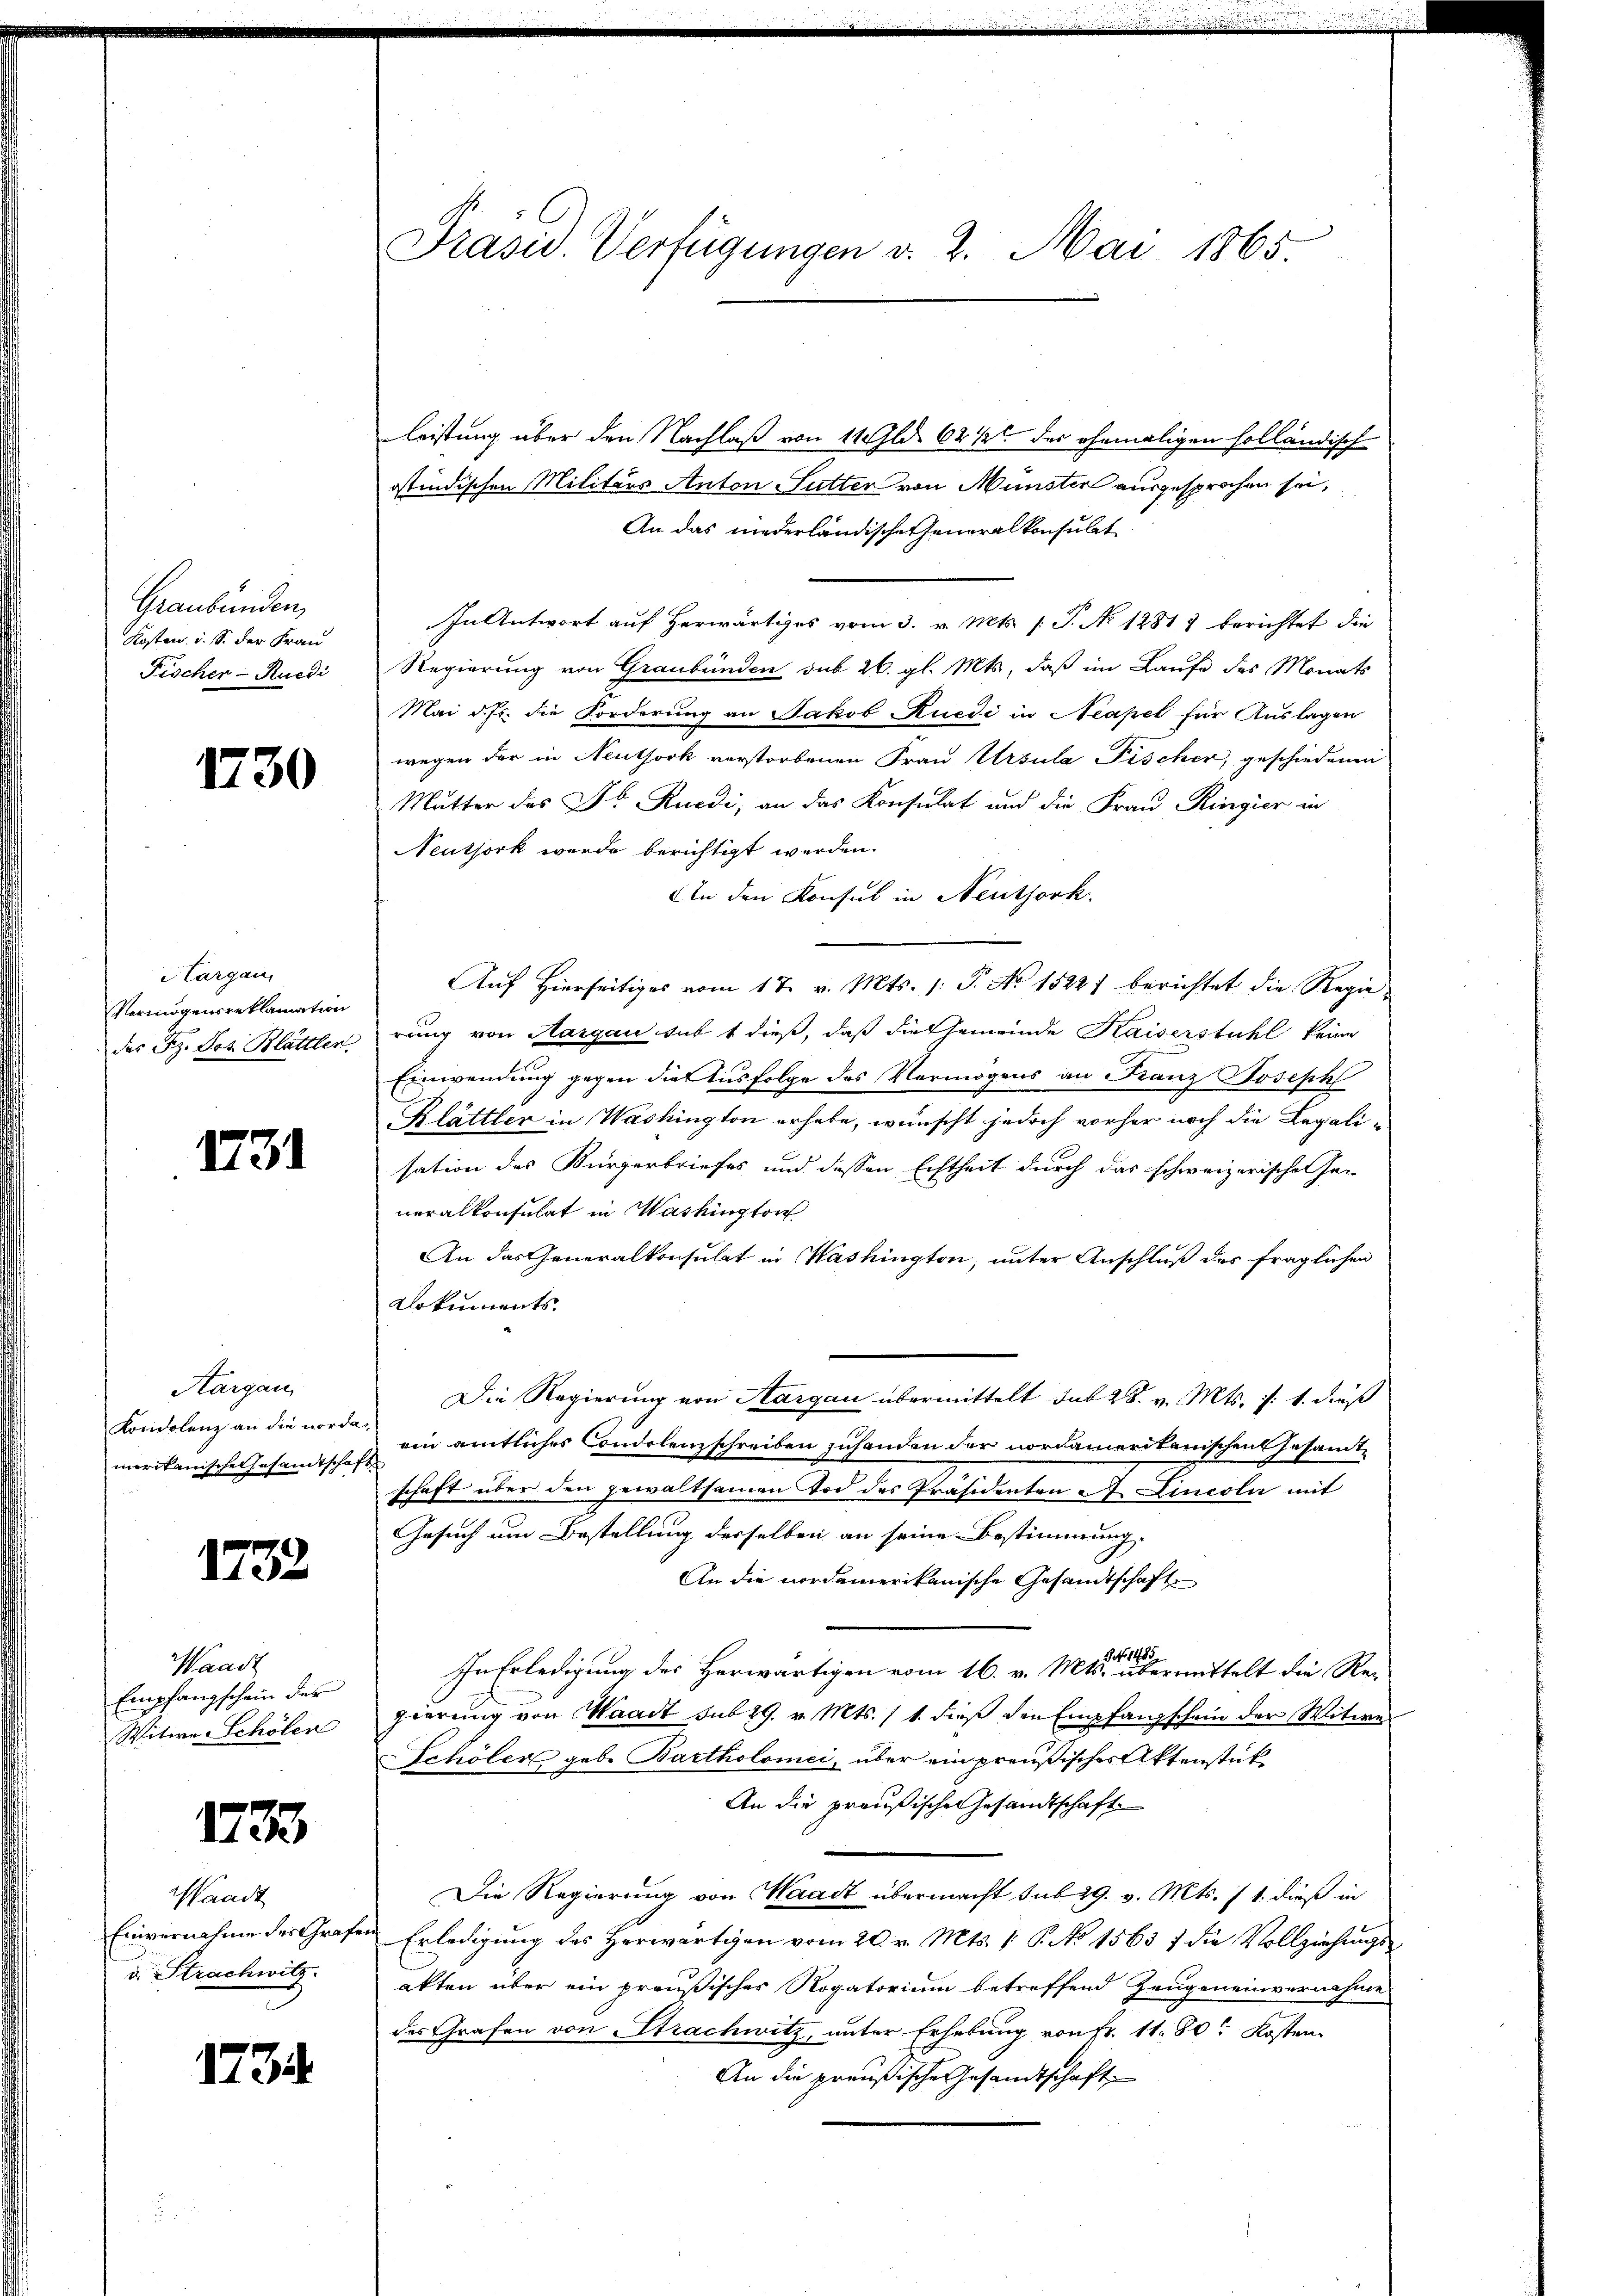
Graubünden,
Kosten u. S. der Frau
Fischer - Ruedi

1730

Hargau
Vermögensreklamation
des Sz. Jos. Blättler

1731

Aargau,
Kondolenz an die norde
mirikanische Gesamtschaf

1732

Waadt
Empfangschein des
Witwe Schölen

1733

Waadt
Einvernahme des Grafe
d. Strachwitz.

1734

Präsid. Verfügungen v. 2. Mai 1865

leistung über den Nachlaß von 11 Gld. 621 des ehemaligen holländisch-
ostindischen Militärs Anton Sutter von Münster ausgesprochen sei,
An das niederländische Generalkonsult
In Antwort auf herwärtiges vom 3. v. Mts. (T. No 1281) berichtet die
Regierung von Graubünden sub 26. gl. Mts, daß im Laufe des Monats
Mai d. Js. die Forderung an Jakob Rüedi in Neapel für Auslagen
wegen der in Neuthork verstorbenen Frau Ursula Fischer, geschiedenen
Mutter des Fr. Ruedi, an das Konsulat und die Frau Ringier in
Neuthork wurde berichtigt werden.
An den Konsul in Neuthork
Auf Hierseitiges vom 17. v. Mts. 1: P. No 1522) berichtet die Regierung von Aargau sub t dieß, daß die Gemeinde Kaiserstuhl keine
Einwendung gegen die Ausfolge des Vermögens an Franz Joseph
Klättler in Washington erhebe, wünscht jedoch vorher noch die Legalisation des Bürgerbriefes und dessen Echtheit durch das schweizerischen Her
neralkonsulat in Washington
An das Generalkonsulat in Washington, unter Anschluß des fraglichen
Dokuments
Die Regierung von Aargau übermittelt sub 28. v. Mts. f. 1. dieß
in amtliches Condolenzschreiben zuhanden der nordamerikanischen Gesamt-
schaft über den gewaltsamen Tod des Präsidenten A. Lincoln mit
Gesuch um Bestellung derselben an seine Bestimmung.
An die nordamerikanische Gesandtschaft
Art. 1453
In Erledigung des Herwärtigen vom 16. v. Mts. übermittelt die Regierung von Waadt sub 29. v. Mts. 11. dieß den Empfangschein der Witwe
Schöler geb. Bartholomei, über ein preußisches Aktenstük¬
An die preußische Gesandtschaft
Die Regierung von Waadt übermacht sub 29. v. Mts. 11. dieß in
u Erledigung des Herwärtigen vom 20. v. Mts. 1 P. No 1563 f die Vollziehungsakten über ein preußisches Rogatorium betreffend Zeugeneinvernehme
des Grafen von Strachwitz, unter Erhebung von Fr. 11. 80. Kosten
An die preußische Gesandtschaft